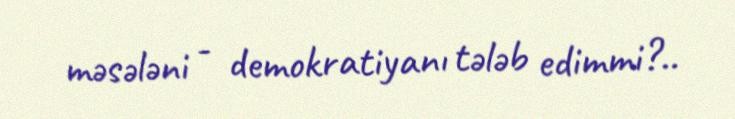
məsələni - demokratiyanı tələb edimmi?..